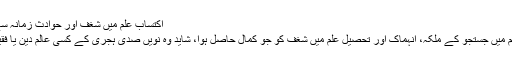
اکتسابِ علم میں شغف اور حوادثِ زمانہ سے درکناری[ترمیم]
مولانا جامی کی علم میں جستجو کے ملکہ، اِنہماک اور تحصیل علم میں شغف کو جو کمال حاصل ہوا، شاید وہ نویں صدی ہجری کے کسی عالم دین یا فقیہ کو حاصل ہوا ہو۔